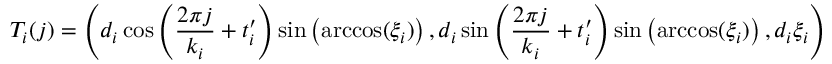
T _ { i } ( j ) = \left( d _ { i } \cos \left( \frac { 2 \pi j } { k _ { i } } + t _ { i } ^ { \prime } \right) \sin \left( \operatorname { a r c c o s } ( \xi _ { i } ) \right) , d _ { i } \sin \left( \frac { 2 \pi j } { k _ { i } } + t _ { i } ^ { \prime } \right) \sin \left( \operatorname { a r c c o s } ( \xi _ { i } ) \right) , d _ { i } \xi _ { i } \right)